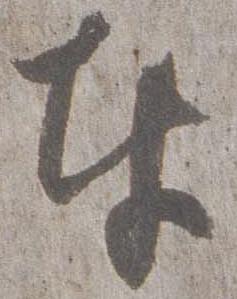
奉